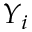
Y _ { i }